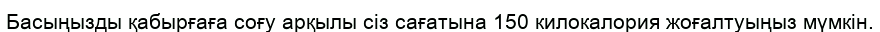
Басыңызды қабырғаға соғу арқылы сіз сағатына 150 килокалория жоғалтуыңыз мүмкін.